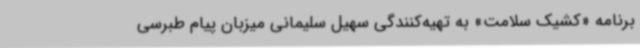
برنامه «کشیک سلامت» به تهیه‌کنندگی سهیل سلیمانی میزبان پیام طبرسی